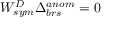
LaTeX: { \cal W } _ { s y m } ^ { D } \Delta _ { b r s } ^ { a n o m } = 0